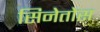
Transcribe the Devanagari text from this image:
सिनेतोस